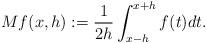
LaTeX: \begin{align*}Mf(x,h):=\frac{1}{2h}\int_{x-h}^{x+h} f(t)dt.\end{align*}